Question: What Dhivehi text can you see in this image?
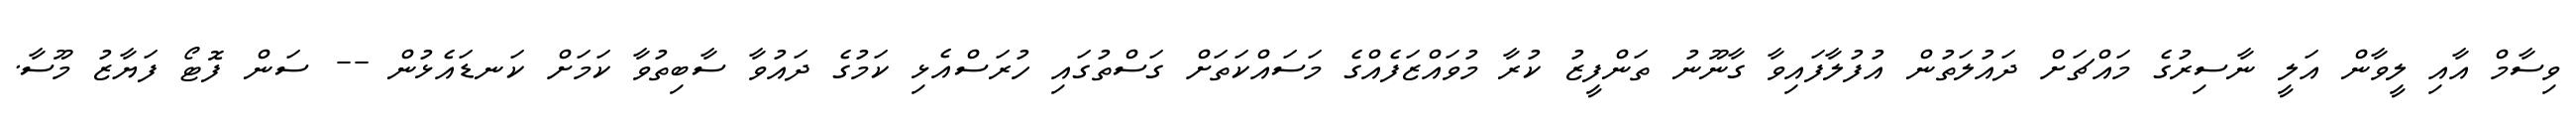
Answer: ވިސާމް އާއި ލީވާން އަލީ ނާސިރުގެ މައްޗަށް ދައުލަތުން އުފުލާފައިވާ ގާނޫނު ތަންފީޒު ކުރާ މުވައްޒަފެއްގެ މަސައްކަތަށް ގަސްތުގައި ހުރަސްއެޅި ކަމުގެ ދައުވާ ސާބިތުވާ ކަމަށް ކަނޑައެޅުން -- ސަން ފޮޓޯ ފަޔާޒު މޫސާ.